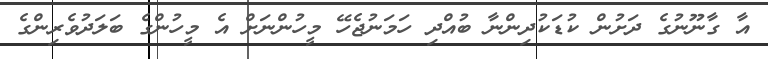
އާ ގާނޫނުގެ ދަށުން ކުޑަކުދިންނާ ބުއްދި ހަމަނުޖެހޭ މީހުންނަށް އެ މީހުންގެ ބަލަދުވެރިންގެ